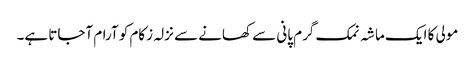
مولی کا ایک ماشہ نمک گرم پانی سے کھانے سے نزلہ زکام کو آرام آجاتا ہے۔